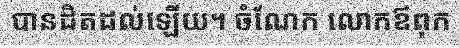
បានដិតដល់ឡើយ។ ចំណែក លោកឪពុក